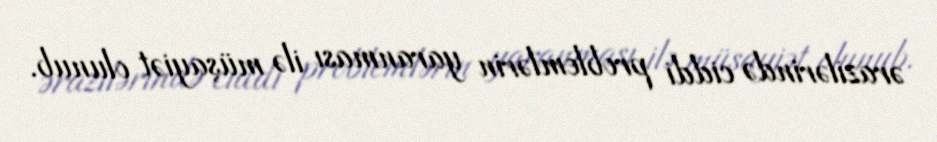
ərazilərində ciddi problemlərin yaranması ilə müşayiət olunub.